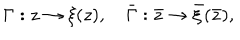
LaTeX: \Gamma : z \rightarrow \xi ( z ) , \quad \bar { \Gamma } : \bar { z } \rightarrow \bar { \xi } ( \bar { z } ) ,